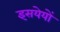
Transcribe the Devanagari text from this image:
इसयेयों